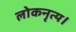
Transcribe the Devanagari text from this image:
लोकनृत्य।